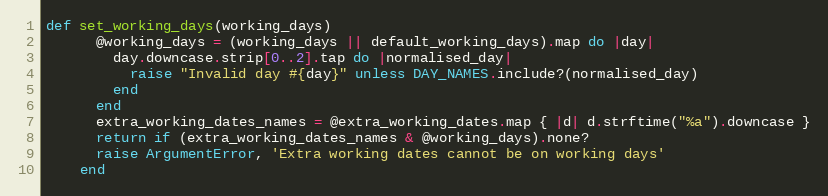
Language: Ruby
def set_working_days(working_days)
      @working_days = (working_days || default_working_days).map do |day|
        day.downcase.strip[0..2].tap do |normalised_day|
          raise "Invalid day #{day}" unless DAY_NAMES.include?(normalised_day)
        end
      end
      extra_working_dates_names = @extra_working_dates.map { |d| d.strftime("%a").downcase }
      return if (extra_working_dates_names & @working_days).none?
      raise ArgumentError, 'Extra working dates cannot be on working days'
    end